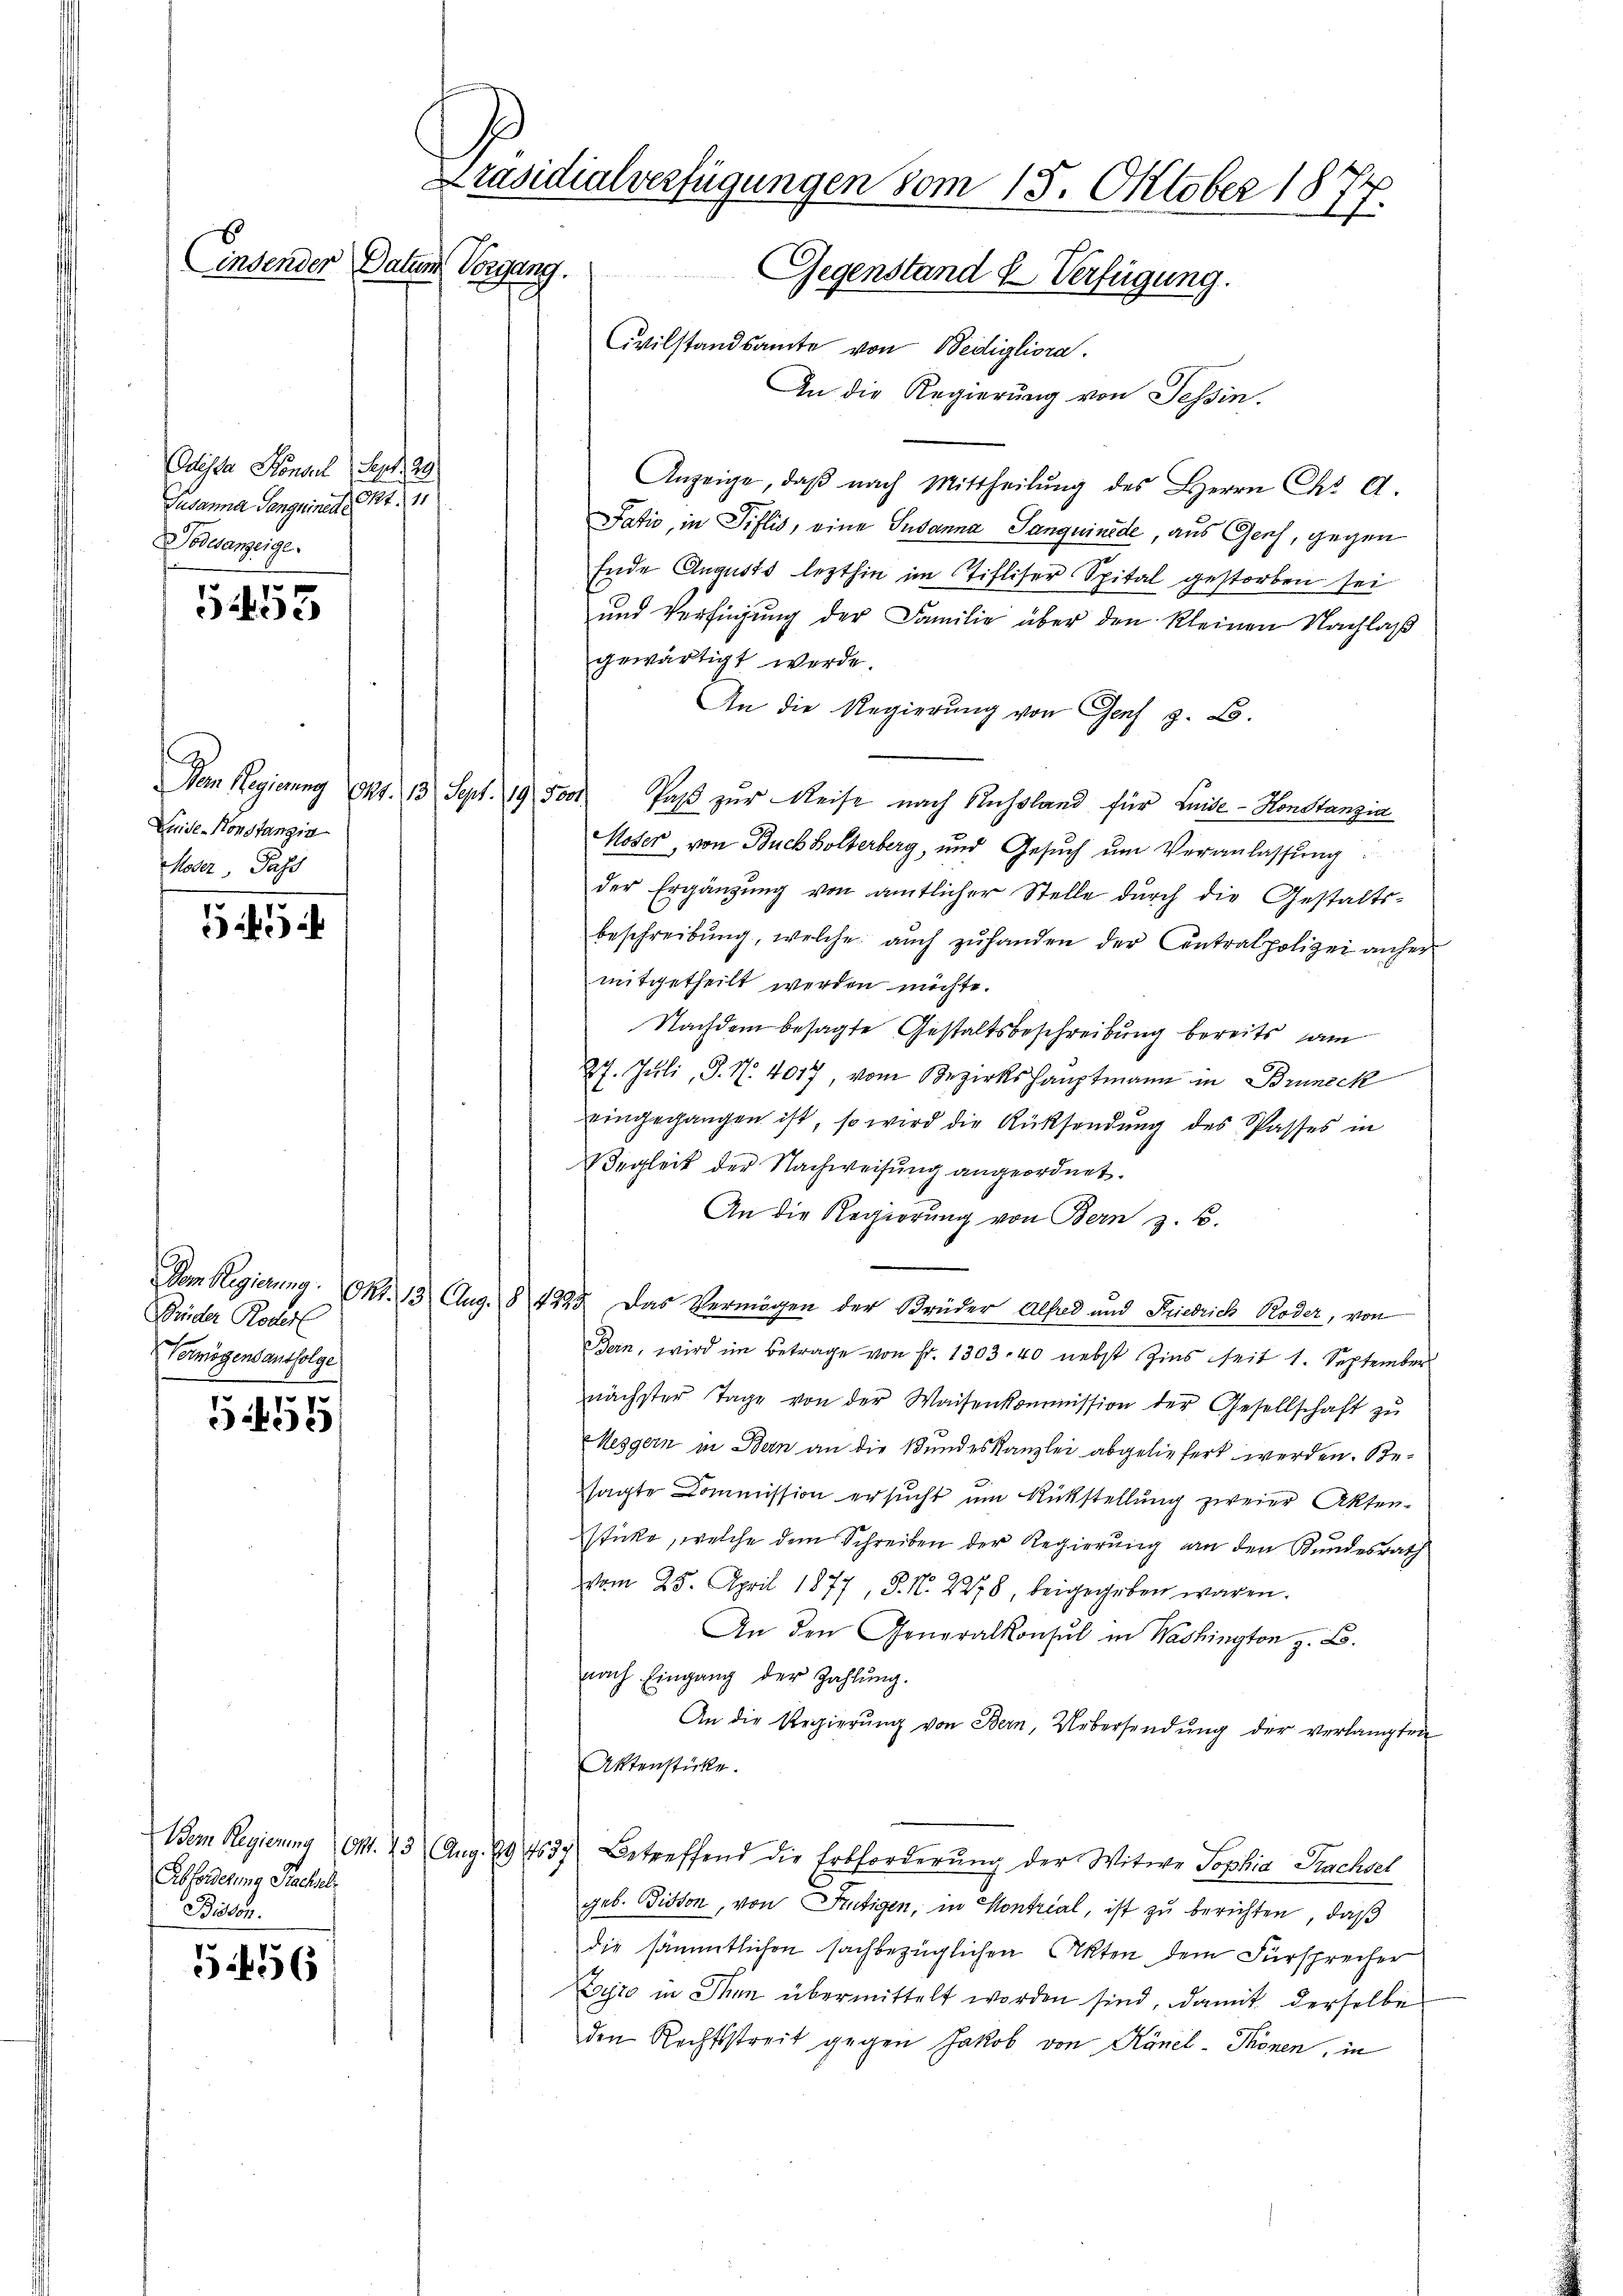
Eindender Datum

533

5458

Absonderung Nachsel
Bissen.

5456

Mische Konsul S. 223
Susanna Sanguinen St
odesanzeige
7

G
Lide-Konstangia
Meder Pass

Brüder Roder
Vermögensausfolge

Präsidialverfügungen vom 15. Oktober 1877.
Vergang. Gegenstand & Verfügung.

ivilstandsamte von Bedigliora.
An die Regierung von Tessin.
Anzeige, daβ nach Mittheilŭng des Herrn Chr. A.
Fatio, in Pillis, eine Susanna Sanguinide, aus Gesch, gegen
Ende Augusts lezthin im Stifliser Spital gestorben sei
und Verfügung der Familie über den kleinen Nachlaß
gewärtigt werde.
An die Regierung von Genf z. B.
Dem Regierung Okt. 13 Sept. 19. 5000 Paβ zŭr Reise nach Russland für Luide-Honstanzia
Moser, von Buchholterberg, und Gesŭch ŭm Veranlassung.
der Ergänzŭng von amtlicher Stelle durch die Gestalts-
beschreibŭng, welche aŭch zŭ handen der Contralpolizei anher
mitgetheilt werden möchte.
Nachdem besagte Gestaltsbeschreibung bereits am
27. Juli, S. N. 4017, vom Bezirkshauptmann in Bruneck
eingegangen ist, so wird die Rüksendŭng des Passes in
Wegleit der Nachweisung angeordnet.
An die Regierung von Bern z. B.
Dem Regierung. Okt. 13 Aug. § 4225. Das Vermögen der Brüder Alfod und Friedrich Roder, von
Bern, wird im Betrage von Fr. 1303. 40 nebst Zins seit 1. September
nächster Tage von der Waisenkommission der Gesellschaft zŭ
Meggern in Bern an die Bundeskanzlei abgeliefert werden. Besagte Commission ersucht um Rückstellung zweier Akten-
sticke, welche dem Schreiben der Regierung an den Bundesrath
vom 25. April 1877, P. N. 2278, beigegeben waren.
An den Generalkonsul in Washington z. B.
nach Eingang der Zahlung.
An die Regierŭng von Bern, Uebersendung der verlangten
Aktenstücke.
Dem Regierung Okt. 13 Aug. 29437 betreffend die Erbforderŭng der Witwe Sophia Sachsel
geb. Bisson, von Frutigen, in Kontrial, ist zu berichten, daß
die sämmtlichen sachbezüglichen Akten dem Fürsprecher
Eyro in Man übermittelt worden sind, damit derselbe
den Rechtsstreit gegen Jakob von Känel-Thonen, in